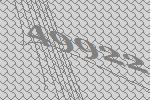
49922